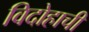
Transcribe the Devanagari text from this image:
विदोहाची